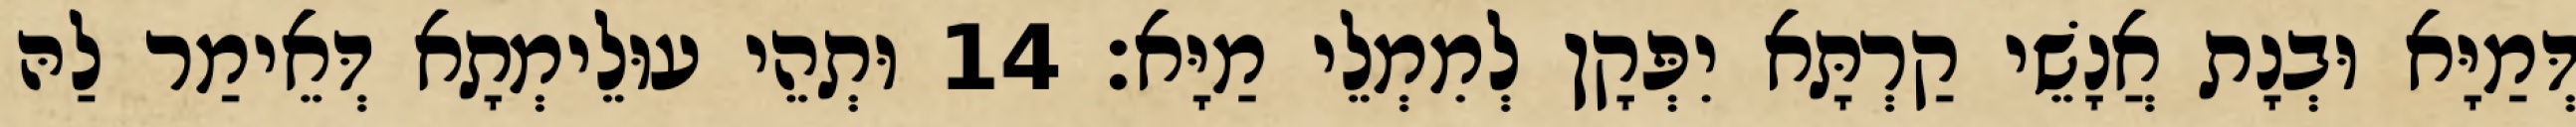
דְּמַיָּא וּבְנָת אֲנָשֵׁי קַרְתָּא יִפְּקָן לְמִמְלֵי מַיָּא׃ 14 וּתְהֵי עוּלֵימְתָא דְּאֵימַר לַהּ